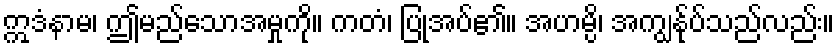
ဣဒံနာမ၊ ဤမည်သောအမှုကို။ ကတံ၊ ပြုအပ်၏။ အဟမ္ပိ၊ အကျွန်ုပ်သည်လည်း။